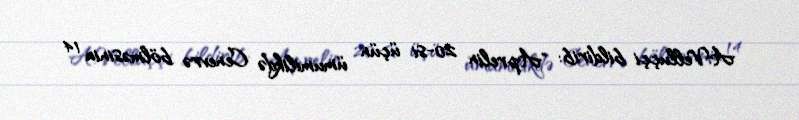
A.Velluççi bildirib: "Aprelin 20-si üçün ümumilikdə Cenevrə bölməsinin 14